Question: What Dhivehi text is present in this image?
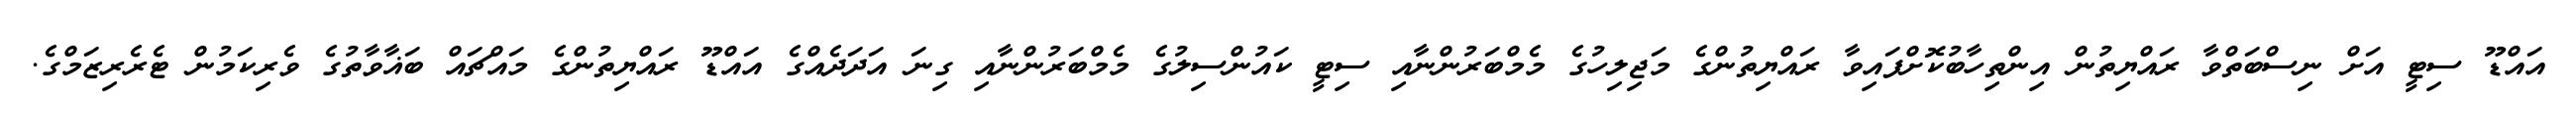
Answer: އައްޑޫ ސިޓީ އަށް ނިސްބަތްވާ ރައްޔިތުން އިންތިހާބުކޮށްފައިވާ ރައްޔިތުންގެ މަޖިލިހުގެ މެމްބަރުންނާއި ސިޓީ ކައުންސިލުގެ މެމްބަރުންނާއި ގިނަ އަދަދެއްގެ އައްޑޫ ރައްޔިތުންގެ މައްޗައް ބަޣާވާތުގެ ވެރިކަމުން ޓެރެރިޒަމްގެ.